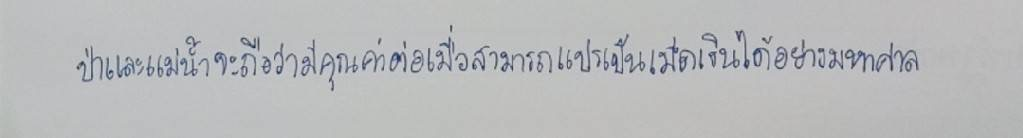
ป่าและแม่น้ำจะถือว่ามีคุณค่าต่อเมื่อสามารถแปรเป็นเม็ดเงินได้อย่างมหาศาล